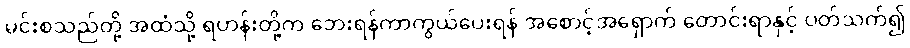
မင်းစသည်တို့ အထံသို့ ရဟန်းတို့က ဘေးရန်ကာကွယ်ပေးရန် အစောင့်အရှောက် တောင်းရာနှင့် ပတ်သက်၍